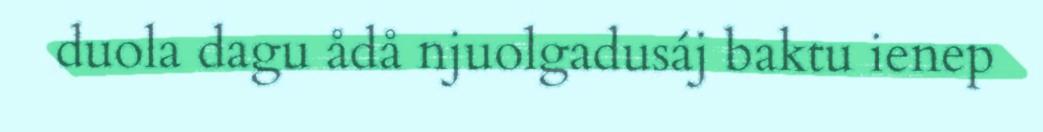
duola dagu ådå njuolgadusáj baktu ienep